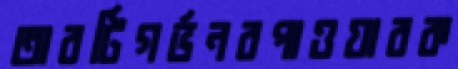
তারটিগর্ভনরপাওয়ারক